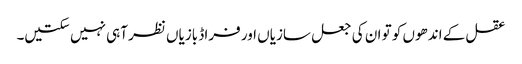
عقل کے اندھوں کو تو ان کی جعل سازیاں اور فراڈ بازیاں نظر آہی نہیں سکتیں۔